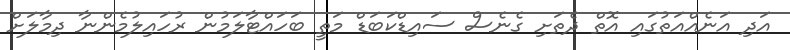
އަދި އަނެއްއަތުގައި އޮތް ދެތަށި ގެނެސް ސައިޑްކަބަޑް މަތީ ބަހައްޓާލަމުން ރުހައިލުމެންނާ ދިމާލަށް